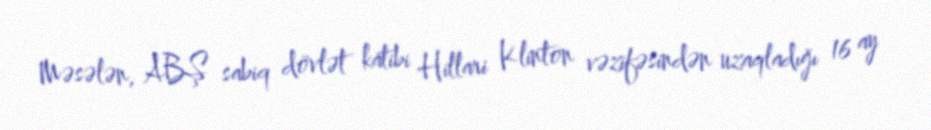
Məsələn, ABŞ sabiq dövlət katibi Hillari Klinton vəzifəsindən uzaqladığı 16 ay